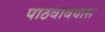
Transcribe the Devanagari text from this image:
पाठवावयास